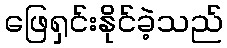
ဖြေရှင်းနိုင်ခဲ့သည်